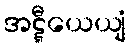
အဋ္ဋီယေယျံ